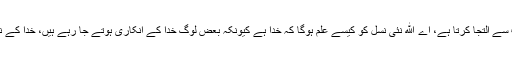
کہا کہ ووہان میں وبا کے پیدا ہونے سے کچھ روز قبل میں نے خواب دیکھا ایک بندہ خدا رب سے التجا کرتا ہے، اے ﷲ نئی نسل کو کیسے علم ہوگا کہ خدا ہے کیونکہ بعض لوگ خدا کے انکاری ہوتے جا رہے ہیں، خدا کے نہ ہونے پر دلائل دیے جا رہے ہیں، جو مانتے ہیں وہ بھی حق کے ساتھ کھڑے نہیں ہو رہے۔